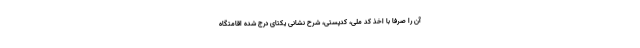
آن را صرفا با اخذ کد ملی، کدپستی، شرح نشانی یکتای درج شده اقامتگاه